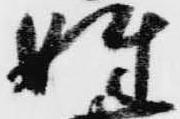
姓